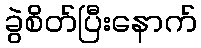
ခွဲစိတ်ပြီးနောက်